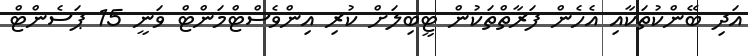
އަދި ބޭންކުތަކާއި އެހެން ފަރާތްތަކުން ޓީބިލަށް ކުރި އިންވެސްޓްމަންޓް ވަނީ 15 ޕަސެންޓް